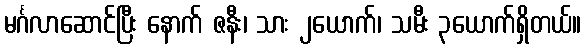
မင်္ဂလာဆောင်ပြီး နောက် ဇနီး၊ သား ၂ယောက်၊ သမီး ၃ယောက်ရှိတယ်။